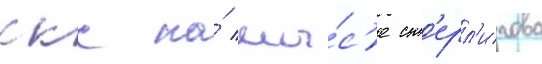
ккс на́ мы́с'е ст'ерл'игова